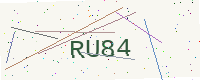
Text: RU84